Riigikantselei, lk 65
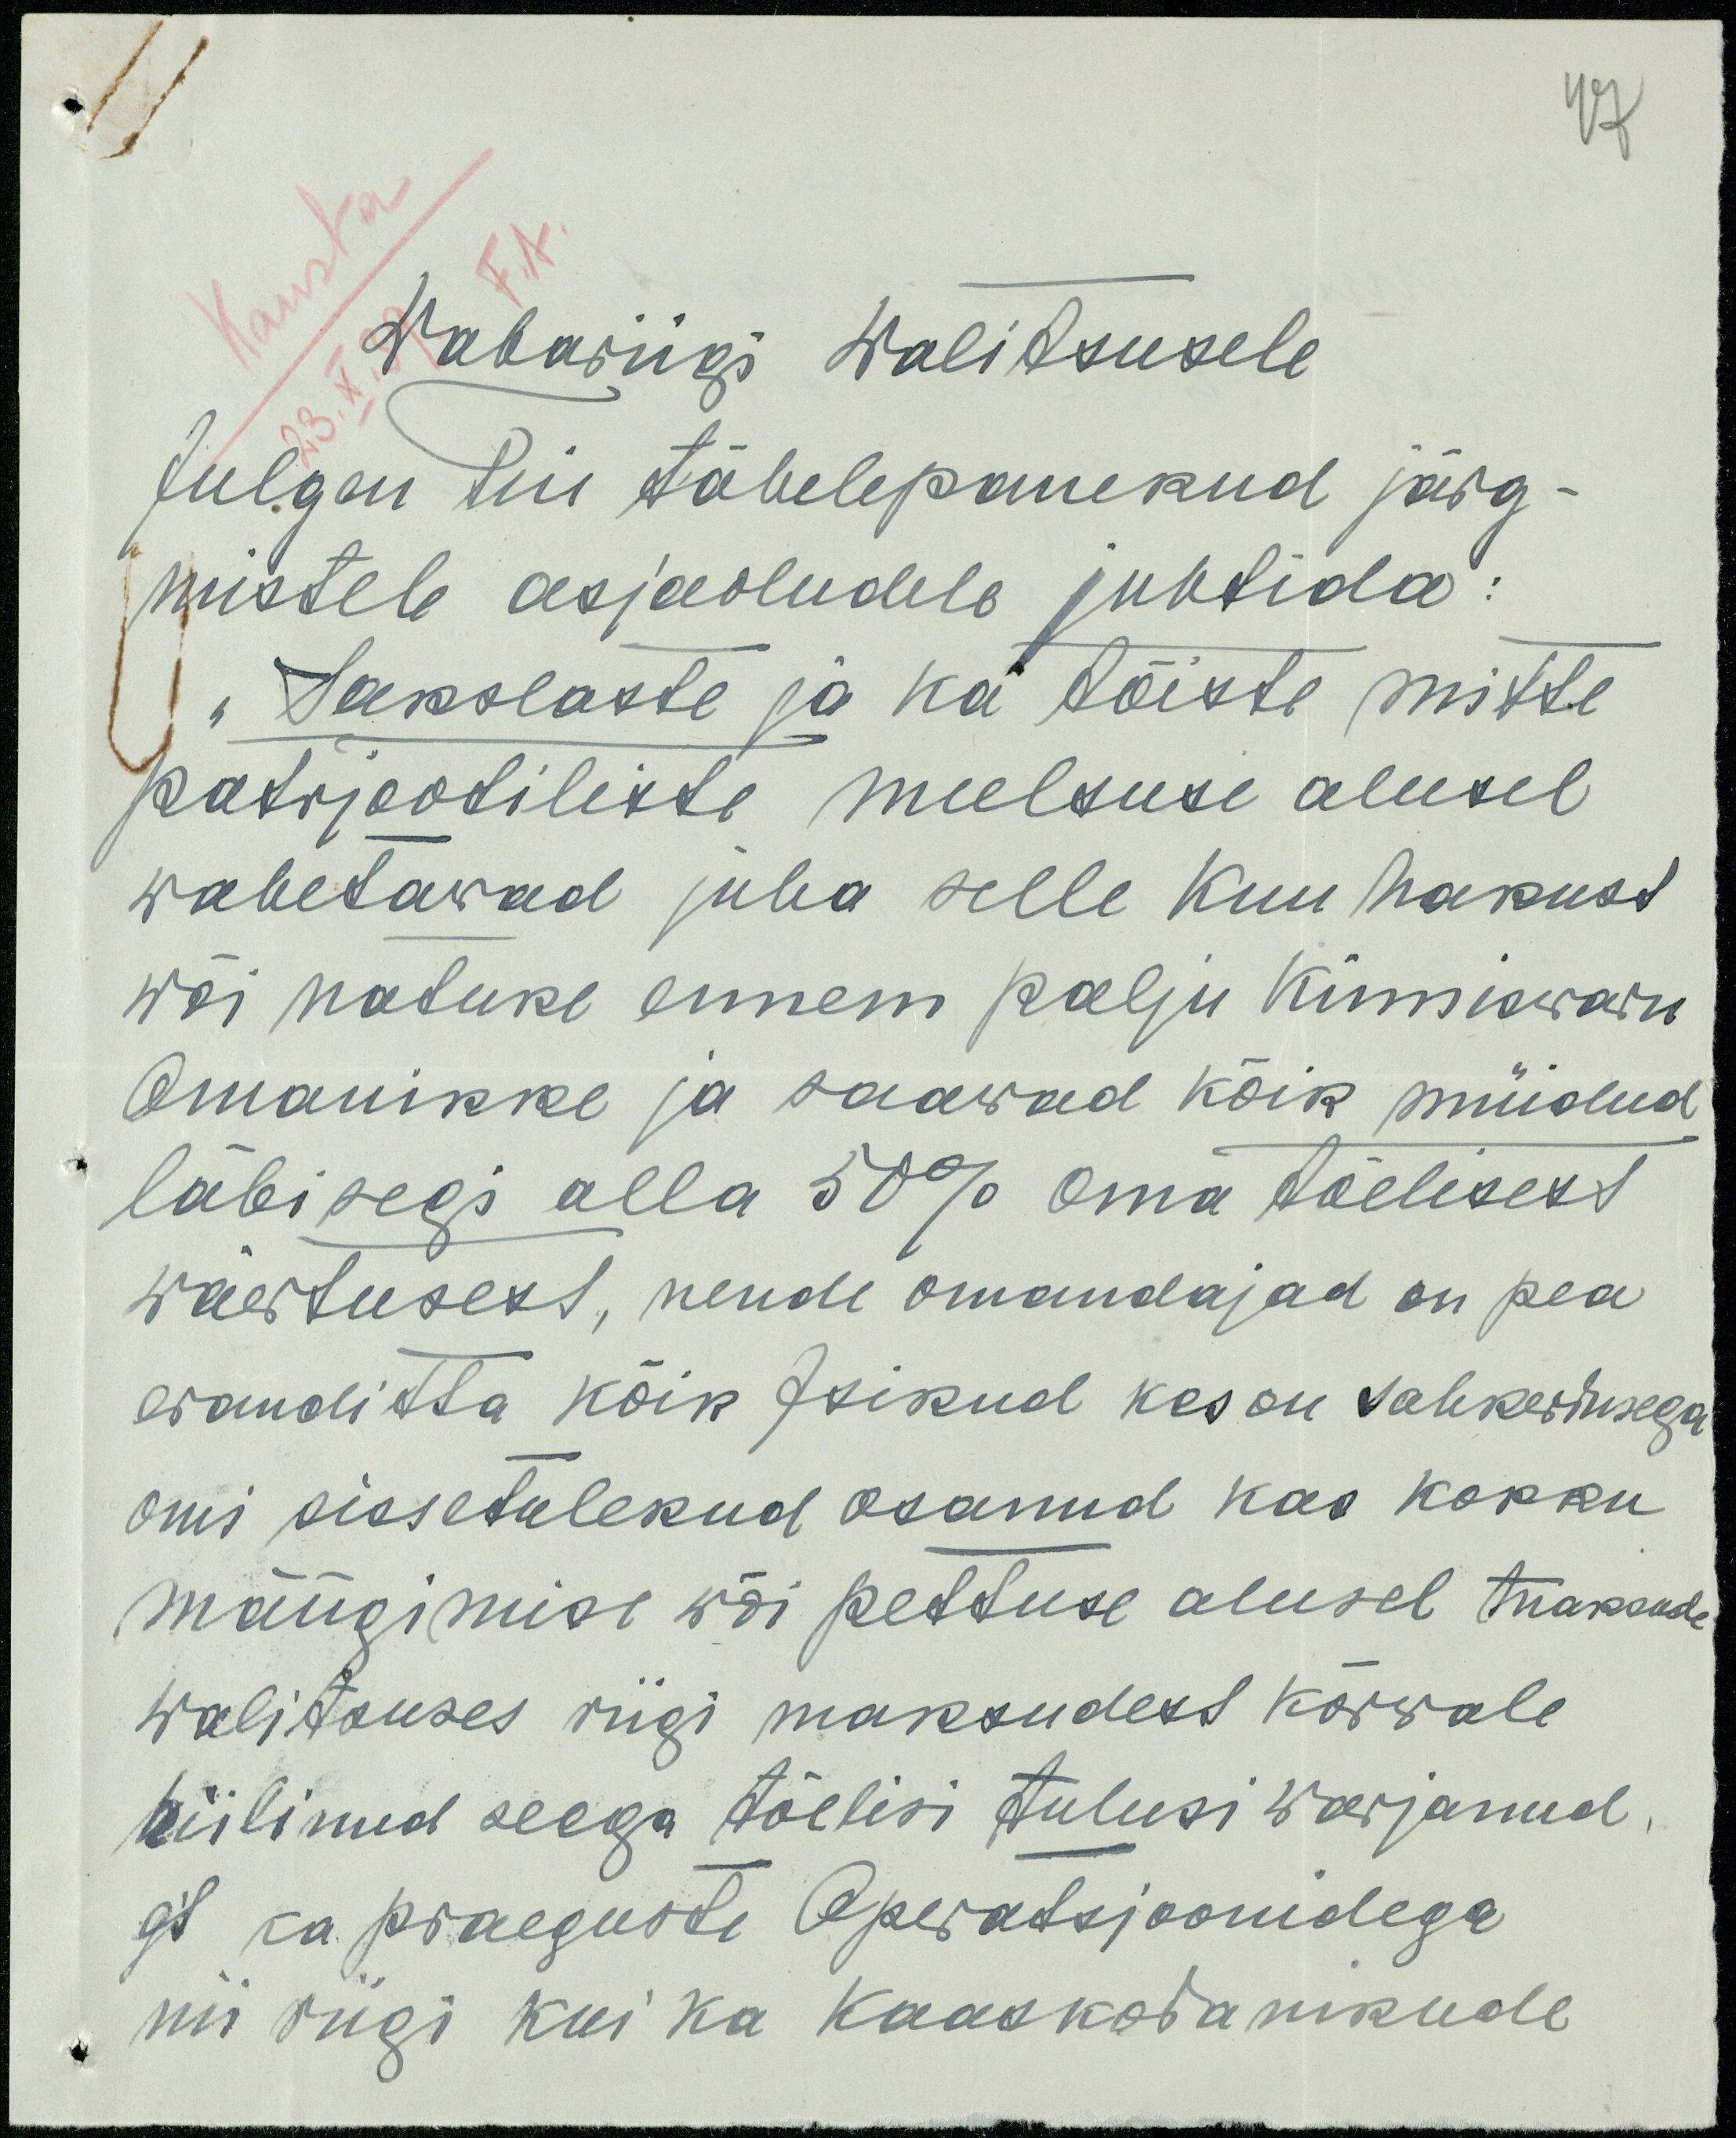
Wabariigi Walitsusele
Julgen teie tähelepanekud järg-
mistele asjaoludele juhtida:
"Sakslaste ja ka tõiste mitte
patrjootiliste meelsuse alusel
wahetawad juba selle kuu hakust
wõi natuke ennem palju kinniswaru
Omanikke ja saawad kõik müidud
läbi segi alla 50% oma tõelisest
wäertusest, nende omandajad on pea
erandita kõik isikud kes on sahkerdusega
omi sissetulekud osanud kas kokku
mängimise wõi pettuse alusel maksude
walitluses riigi maksudest kõrwale
hiilinud seega tõelisi tulusi warjanud,
et ka praeguste operatsjoonidega
nii riigi kui ka kaaskodanikkude